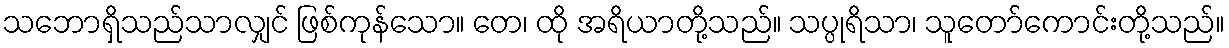
သဘောရှိသည်သာလျှင် ဖြစ်ကုန်သော။ တေ၊ ထို အရိယာတို့သည်။ သပ္ပုရိသာ၊ သူတော်ကောင်းတို့သည်။